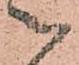
被